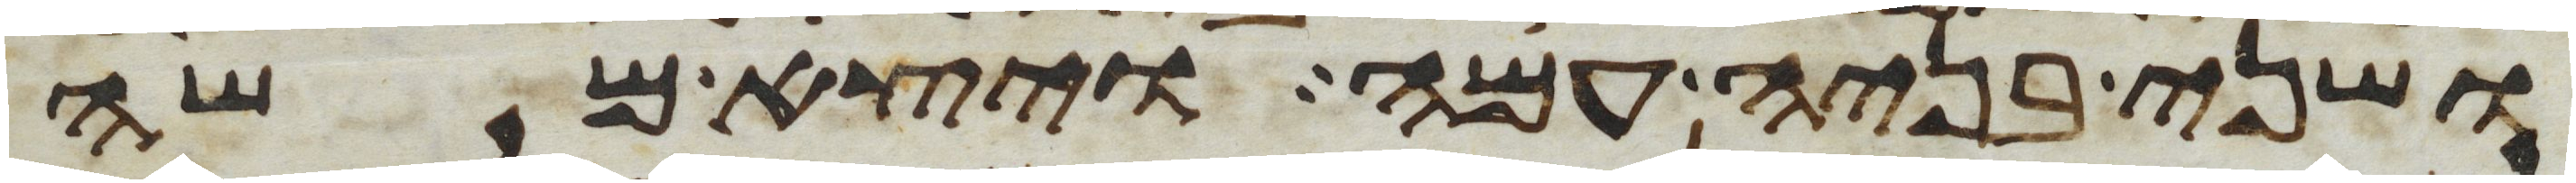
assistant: ושני בניה עמה ויצא משה